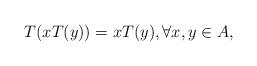
LaTeX: \begin{align*}T(xT(y))=xT(y),\forall x,y\in A,\end{align*}